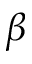
\beta